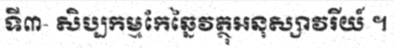
ទី៣- សិប្បកម្មកែឆ្នៃវត្ថុអនុស្សាវរីយ៍ ។